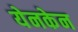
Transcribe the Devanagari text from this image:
येनकेन